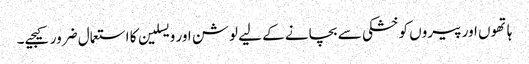
ہاتھوں اور پیروں کو خشکی سے بچانے کے لیے لوشن اور ویسلین کا استعمال ضرور کیجیے۔